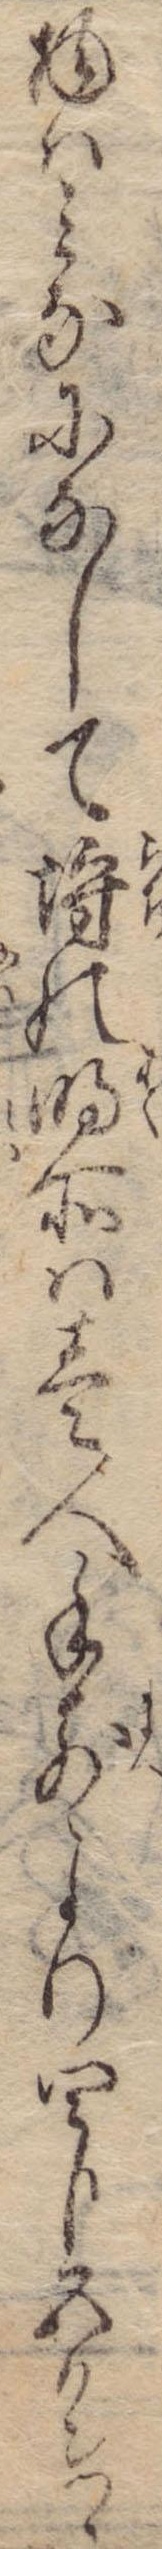
物はみなになして埒の明所は壱人手前より四分五リンつゝ